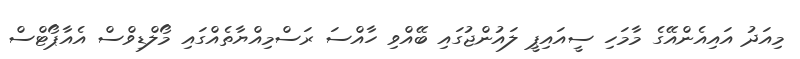
މިއަދު އައިއެންއޭގެ މާމަހި ސީއައިޕީ ލައުންޖުގައި ބޭއްވި ހާއްސަ ރަސްމިއްޔާތެއްގައި މޯލްޑިވްސް އެއާޕޯޓްސް